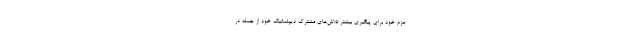
عزم خود برای پیگیری بیشتر تلاش‌های مشترک دیپلماتیک خود از جمله در